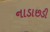
નાડાછડી